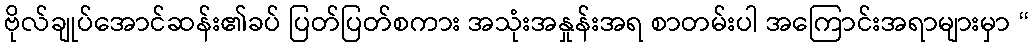
ဗိုလ်ချုပ်အောင်ဆန်း၏ခပ် ပြတ်ပြတ်စကား အသုံးအနှုန်းအရ စာတမ်းပါ အကြောင်းအရာများမှာ “